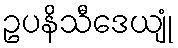
ဥပနိသီဒေယျုံ